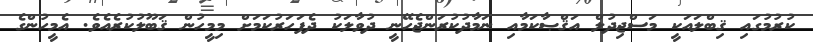
ކުރުމުގައި ޤިބްލައަކީ މަސްޖިދުލް އަޤްޞާކަމާއި ނަމާދުކުރަންޖެހޭނީ ދުވާލަކު ދެފަހަރުކަމަށް މިމީހުން ޤަބޫލުކުރެއެވެ. އެމީހުންގެ